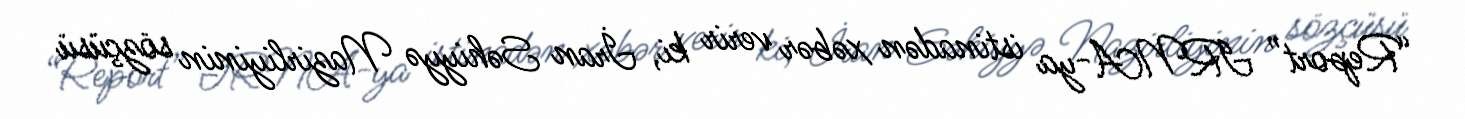
“Report” IRNA-ya istinadən xəbər verir ki, İran Səhiyyə Nazirliyinin sözçüsü